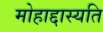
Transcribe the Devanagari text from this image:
मोहाद्दास्यति